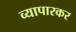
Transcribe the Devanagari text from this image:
व्यापारकर